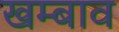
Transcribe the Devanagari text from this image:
खम्बाव